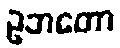
ဥဘတော